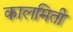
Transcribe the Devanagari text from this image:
कालमिती